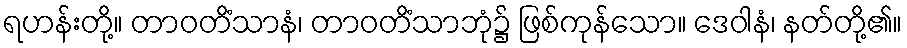
ရဟန်းတို့။ တာဝတိံသာနံ၊ တာဝတိံသာဘုံ၌ ဖြစ်ကုန်သော။ ဒေဝါနံ၊ နတ်တို့၏။